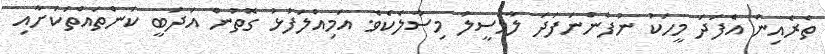
ތެރެއިން އެފަދަ މީހަކު ނުފެންނަފަދަ ލާމަސީލު މިސާލެކެވެ. އަމިއްލަފުޅު ގޮތުން އަދަބީ ކަންތައްތަކަށާއި